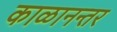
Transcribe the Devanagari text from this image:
काळानन्तर